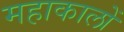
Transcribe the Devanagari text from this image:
महाकालों